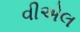
વીએલ